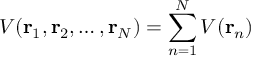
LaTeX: V ( \mathbf { r } _ { 1 } , \mathbf { r } _ { 2 } , \ldots , \mathbf { r } _ { N } ) = \sum _ { n = 1 } ^ { N } V ( \mathbf { r } _ { n } )